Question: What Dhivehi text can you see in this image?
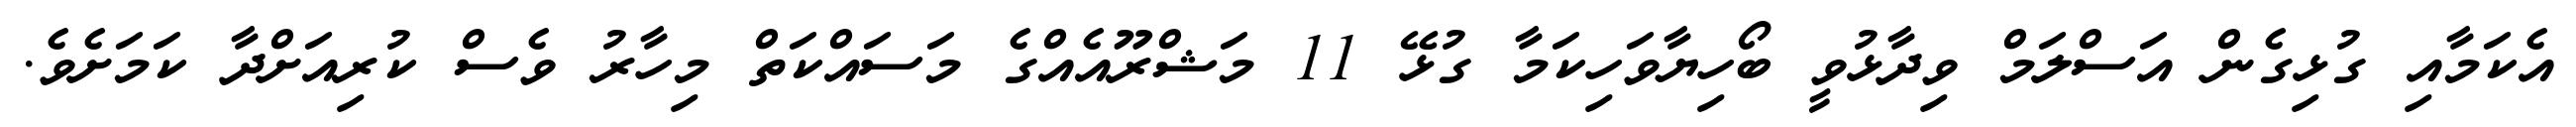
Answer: އެކަމާއި ގުޅިގެން އަސްލަމް ވިދާޅުވީ ބޯހިޔާވަހިކަމާ ގުޅޭ 11 މަޝްރޫއެއްގެ މަސައްކަތް މިހާރު ވެސް ކުރިއަށްދާ ކަމަށެވެ.